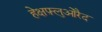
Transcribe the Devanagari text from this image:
हेक्षफ़्लुओरैद